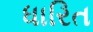
ધારિત